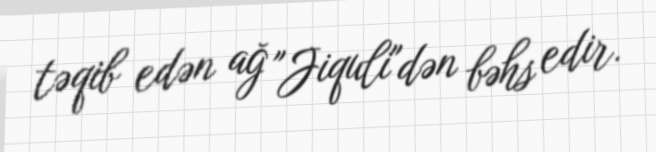
təqib edən ağ "Jiquli"dən bəhs edir.